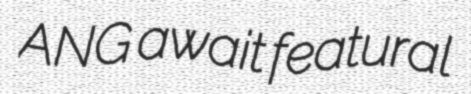
ANG await featural